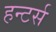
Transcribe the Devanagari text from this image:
हन्टर्स